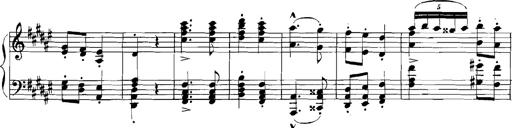
Title: Rhapsodies hongroises
Composer: Franz Liszt